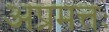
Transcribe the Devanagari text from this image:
अप्रमत्तः